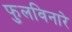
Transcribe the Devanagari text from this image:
फुलविनारे